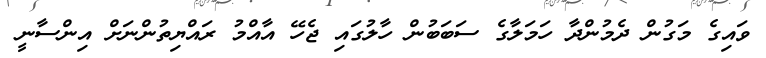
ވައިގެ މަގުން ދެމުންދާ ހަމަލާގެ ސަބަބުން ހާލުގައި ޖެހޭ އާއްމު ރައްޔިތުންނަށް އިންސާނީ